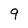
Character: 9